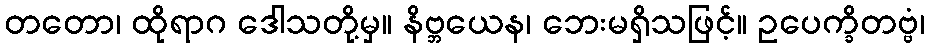
တတော၊ ထိုရာဂ ဒေါသတို့မှ။ နိဗ္ဘယေန၊ ဘေးမရှိသဖြင့်။ ဥပေက္ခိတဗ္ဗံ၊